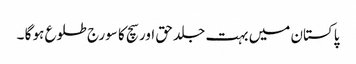
پاکستان میں بہت جلد حق اور سچ کا سورج طلوع ہو گا ۔